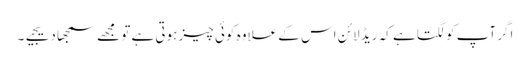
اگر آپ کو لگتا ہے کہ ریڈ لائن اس کے علاوہ کوئی چیز ہوتی ہے تو مجھے سمجھا دیجیے۔